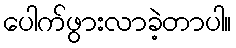
ပေါက်ဖွားလာခဲ့တာပါ။